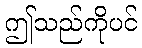
ဤသည်ကိုပင်